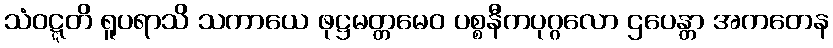
သံဝဋ္ဋတိ ရူပရာသိ သကာယေ ဖုဋ္ဌမတ္တမေဝ ပစ္စနီကပုဂ္ဂလော ဌပေန္တာ အကတေန